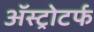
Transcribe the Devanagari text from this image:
ॲस्ट्रोटर्फ